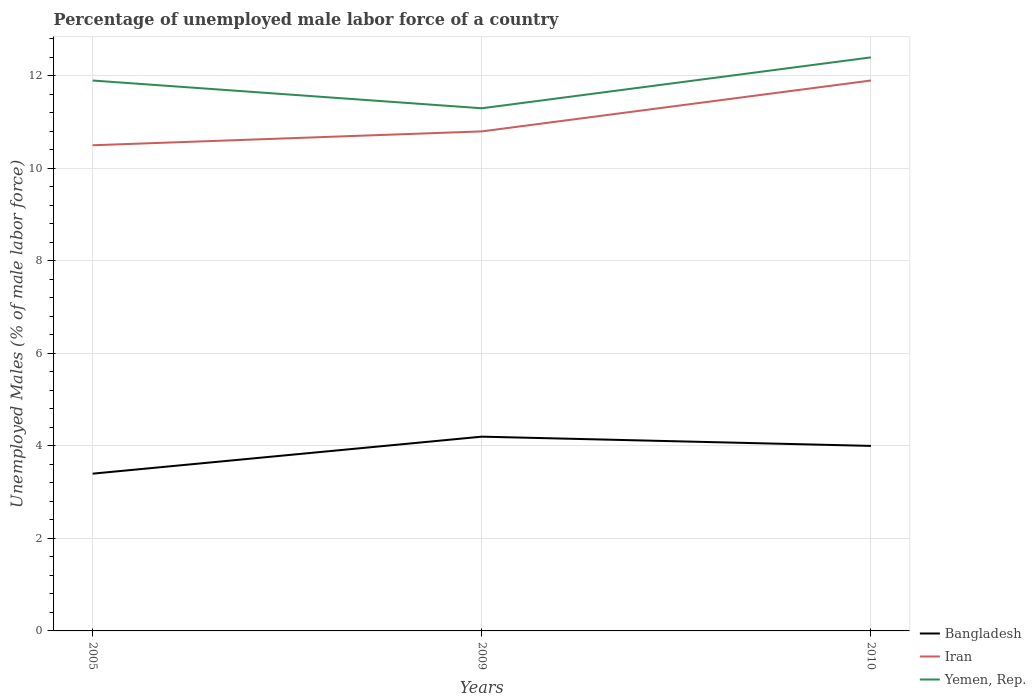
| Years | Bangladesh | Iran | Yemen, Rep. |
 | --- | --- | --- | --- |
 | 2005 | 3.4 | 10.5 | 11.9 |
 | 2009 | 4.2 | 10.8 | 11.3 |
 | 2010 | 4 | 11.9 | 12.4 |